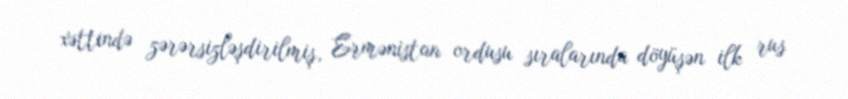
xəttində zərərsizləşdirilmiş, Ermənistan ordusu sıralarında döyüşən ilk rus